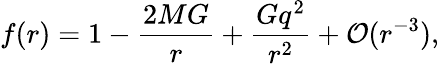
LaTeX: f(r)=1-\frac{2MG}{r}+\frac{Gq^{2}}{r^{2}}+{\cal O}(r^{-3}),